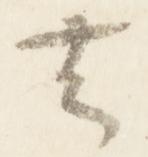
去